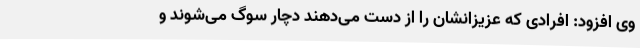
وی افزود: افرادی که عزیزانشان را از دست می‌دهند دچار سوگ می‌شوند و